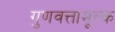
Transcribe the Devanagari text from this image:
गुणवत्तामूल्क